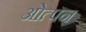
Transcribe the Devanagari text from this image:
ओत्पन